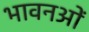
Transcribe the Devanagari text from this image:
भावनओं